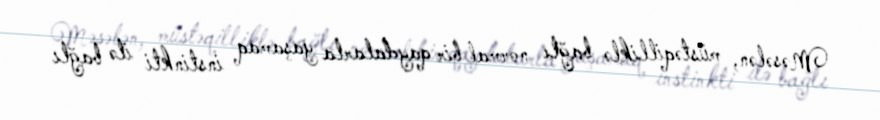
Məsələn, müstəqilliklə bağlı normal bir qaydalarla yaşamaq instinkti ilə bağlı